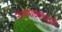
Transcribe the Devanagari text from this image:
राजवाड्यापुरती